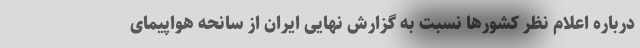
درباره اعلام نظر کشورها نسبت به گزارش نهایی ایران از سانحه هواپیمای